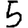
Digit: 5